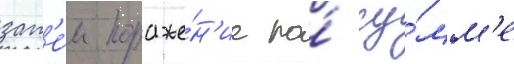
зат'е́м пораже́н'ие по́ су́мм'е